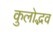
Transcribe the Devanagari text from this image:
कुलोद्भव